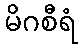
မိဂစီရံ